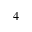
4